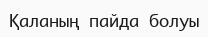
Қаланың пайда болуы